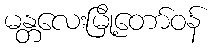
မန္တလေးမြို့တော်ဝန်